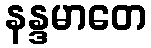
နန္ဒမာတေ